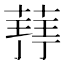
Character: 𮐥